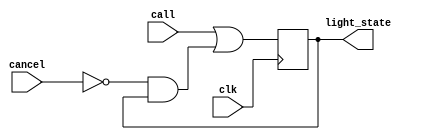
`timescale 1ns / 1ps
//////////////////////////////////////////////////////////////////////////////////
// Company: 
// Engineer: 
// 
// Design Name: 
// Module Name: call_system_2
// Project Name: 
// Target Devices: 
// Tool Versions: 
// Description: 
// 
// Dependencies: 
// 
// Revision:
// Revision 0.01 - File Created
// Additional Comments:
// 
//////////////////////////////////////////////////////////////////////////////////


module call_system_2(
    input clk,
    input call,
    input cancel,
    output reg light_state
    );
    
    wire next_state;
    initial light_state = 0;
    
    assign next_state = call | (~cancel & light_state);
    
    
    
    always @(posedge clk) begin
        light_state <= next_state;
    end
endmodule